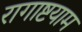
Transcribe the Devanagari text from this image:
रागाष्टयाम